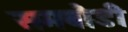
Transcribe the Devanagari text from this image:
समबौडी